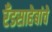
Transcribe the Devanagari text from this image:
रँडसाहेबांचे